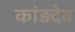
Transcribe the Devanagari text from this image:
कांड़देव